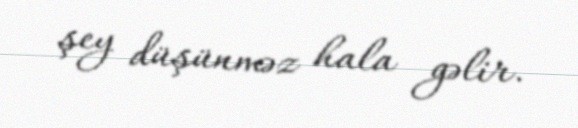
şey düşünməz hala gəlir.